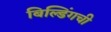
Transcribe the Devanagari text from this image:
बिल्डिंगची